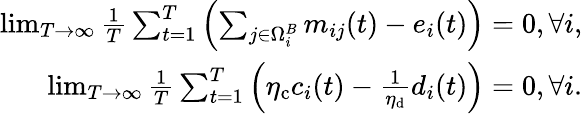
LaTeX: \begin{array}{r}{\operatorname*{lim}_{T\to\infty}\frac{1}{T}\sum_{t=1}^{T}\left(\sum_{j\in\Omega_{i}^{B}}m_{ij}(t)-e_{i}(t)\right)=0,\forall i,}\\ {\operatorname*{lim}_{T\to\infty}\frac{1}{T}\sum_{t=1}^{T}\left(\eta_{\mathrm{c}}c_{i}(t)-\frac{1}{\eta_{\mathrm{d}}}d_{i}(t)\right)=0,\forall i.}\end{array}